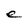
Character: e